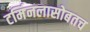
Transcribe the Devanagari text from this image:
टर्मिनलासोबतच